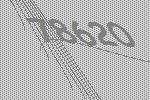
78620